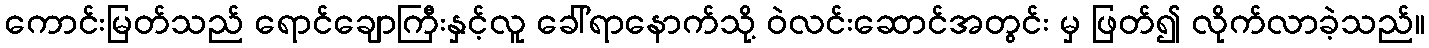
ကောင်းမြတ်သည် ရောင်ချောကြီးနှင့်လူ ခေါ်ရာနောက်သို့ ဝဲလင်းဆောင်အတွင်း မှ ဖြတ်၍ လိုက်လာခဲ့သည်။